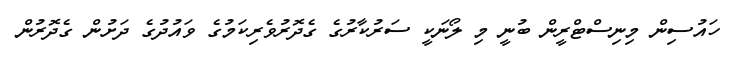
ހައުސިން މިނިސްޓްރީން ބުނީ މި ލޯނަކީ ސަރުކާރުގެ ގެދޮރުވެރިކަމުގެ ވައުދުގެ ދަށުން ގެދޮރުން